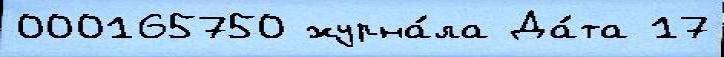
000165750 журна́ла Да́та 17